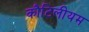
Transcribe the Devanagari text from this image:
कौटिलीयम